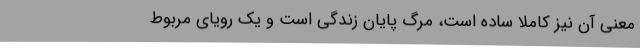
معنی آن نیز کاملاً ساده است، مرگ پایان زندگی است و یک رویای مربوط